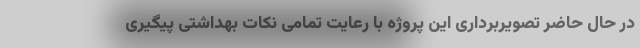
در حال حاضر تصویربرداری این پروژه با رعایت تمامی نکات بهداشتی پیگیری